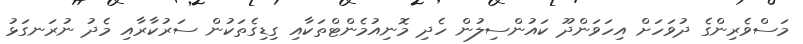
މަސްވެރިންގެ ދުވަހަށް އިހަވަންދޫ ކައުންސިލުން ހެދި މޮނިއުމެންޓްތަކާއި ގިޑިގެތަކުން ސަރުކާރާއި މެދު ނުރަނގަޅު